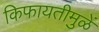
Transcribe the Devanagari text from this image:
किफायतीमुळें